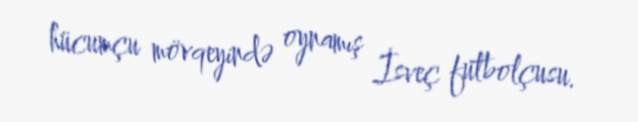
hücumçu mövqeyində oynamış İsveç futbolçusu.